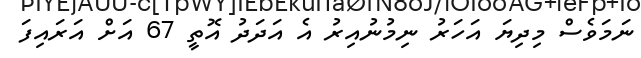
ނަމަވެސް މިދިޔަ އަހަރު ނިމުނުއިރު އެ އަދަދު އޮތީ 67 އަށް އަރައިފަ